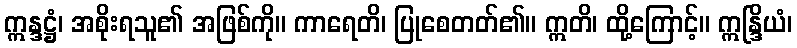
ဣန္ဒဋ္ဌံ၊ အစိုးရသူ၏ အဖြစ်ကို။ ကာရေတိ၊ ပြုစေတတ်၏။ ဣတိ၊ ထို့ကြောင့်။ ဣန္ဒြိယံ၊